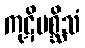
ကုဋိမစ္ဆိသံ